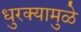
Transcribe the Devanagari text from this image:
धुरक्यामुळे